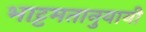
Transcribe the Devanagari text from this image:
भाट्टमतानुयायी